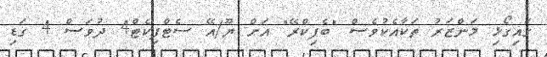
ގައިގޯޅި މަންޒަރު ތަކާއެކުވެސް "ބެފިކްރޭ" އަށް ޔޫ/އޭ ސެޓްފިކެޓް4 ދުވަސް 4 ގަޑި